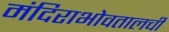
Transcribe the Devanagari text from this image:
मंदिराभोवतालची